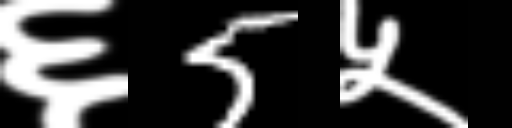
Text: ६5५